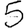
Digit: 5